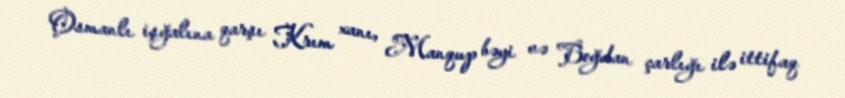
Osmanlı işğalına qarşı Krım xanı, Manqup bəyi və Boğdan çarlığı ilə ittifaq